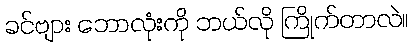
ခင်ဗျား ဘောလုံးကို ဘယ်လို ကြိုက်တာလဲ။